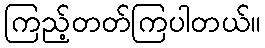
ကြည့်တတ်ကြပါတယ်။